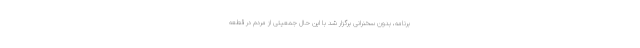
برنامه، بدون سخنرانی برگزار شد با این حال جمعیتی از مردم در قطعه